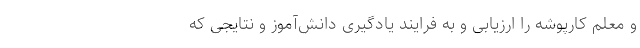
و معلم کارپوشه را ارزیابی و به فرایند یادگیری دانش‌آموز و نتایجی که